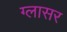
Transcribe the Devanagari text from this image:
ग्लासर